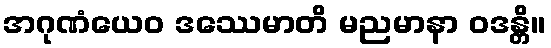
အဂုဏံယေဝ ဒဿေမာတိ မညမာနာ ဝဒန္တိ။